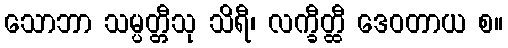
သောဘာ သမ္ပတ္တီသု သိရီ၊ လက္ခီတ္ထီ ဒေဝတာယ စ။